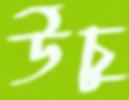
উঁচু